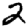
Digit: 2